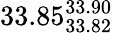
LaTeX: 33.85_{33.82}^{33.90}